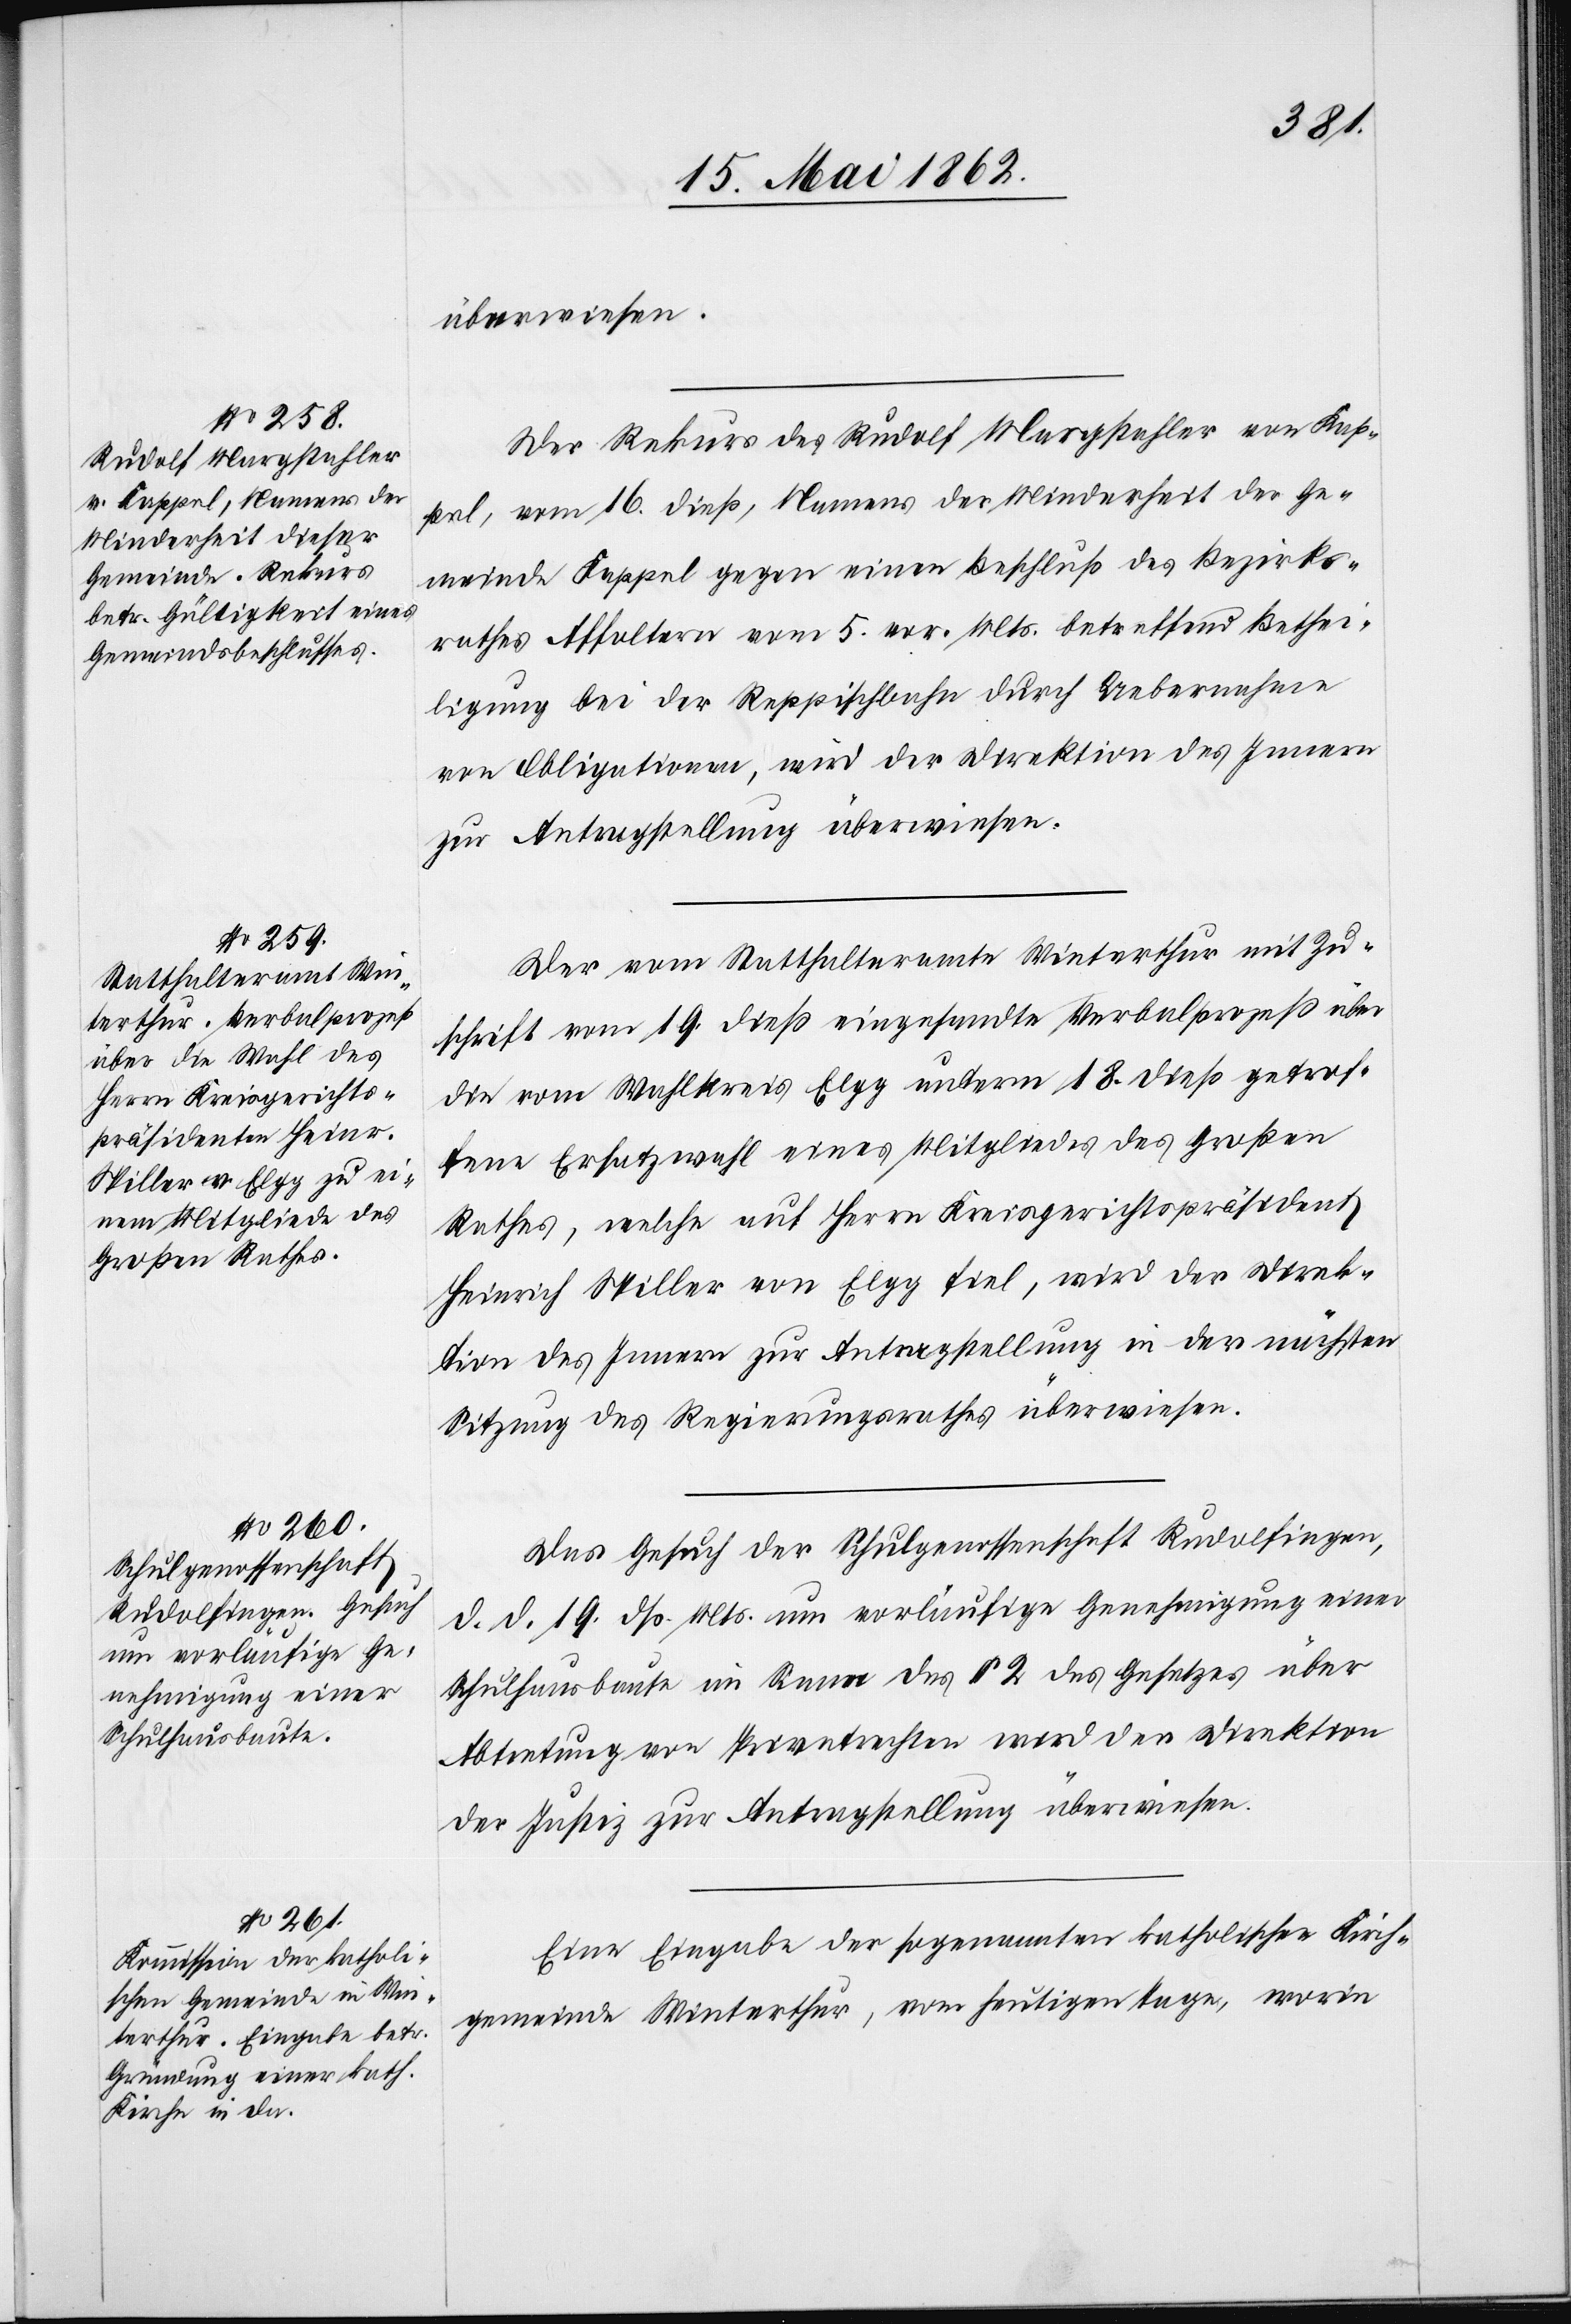
20. Mai 1862.]
überwiesen.
Der Rekurs des Rudolf Margstehler von Kap¬
pel, vom 16. dieß, Namens der Minderheit der Ge¬
meinde Kappel gegen einen Beschluß des Bezirks¬
rathes Affoltern vom 5. vor. Mts. betreffend Bethei¬
ligung bei der Reppischbahn durch Uebernahme
von Obligationen, wird der Direktion des Innern
zur Antragstellung überwiesen.
Der vom Statthalteramte Winterthur mit Zu¬
schrift vom 19. dieß eingesandte Verbalprozeß über
die vom Wahlkreis Elgg unterm 18. dieß getrof¬
fene Ersatzwahl eines Mitgliedes des Großen
Rathes, welche auf Herrn Kreisgerichtspräsident
Heinrich Stiller von Elgg fiel, wird der Direk¬
tion des Innern zur Antragstellung in der nächsten
Sitzung des Regierungsrathes überwiesen.
Das Gesuch der Schulgenossenschaft Rudolfingen,
d. d. 19. dß. Mts. um vorläufige Genehmigung einer
Schulhausbaute im Sinne des § 2 des Gesetzes über
Abtretung von Privatrechten wird der Direktion
der Justiz zur Antragstellung überwiesen.
Eine Eingabe der sogenannten katholischen Kirch¬
gemeinde Winterthur, vom heutigen Tage, worin